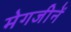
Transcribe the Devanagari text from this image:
मेगजीनें